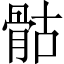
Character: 骷